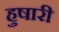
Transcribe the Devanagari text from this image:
हुषारी